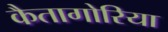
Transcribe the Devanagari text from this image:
कैतागोरिया